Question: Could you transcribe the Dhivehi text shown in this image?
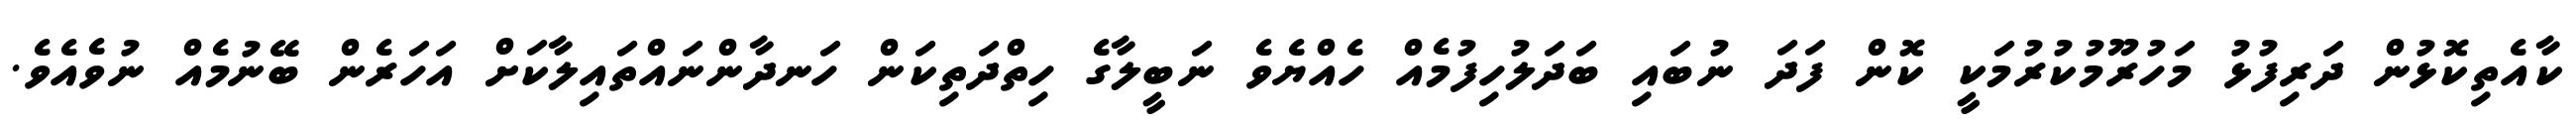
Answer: ކާއެތިކޮޅުން ދަރިފުޅު މަހުރޫމުކުރުމަކީ ކޮން ފަދަ ނުބައި ބަދަލުހިފުމެއް ހެއްޔެވެ ނަބީލާގެ ހިތްދަތިކަން ހަނދާންނައްތައިލާކަށް އަހަރެން ބޭނުމެއް ނުވެއެވެ.